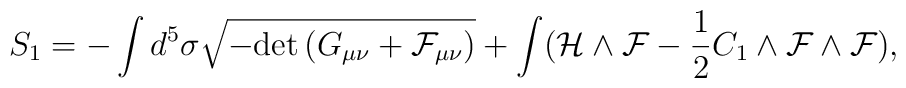
S_1= - \int d^5 \sigma \sqrt{-{\rm det}\, (G_{\mu\nu}+\cal F_{\mu\nu})}+\int ({\cal H}\wedge {\cal F} - \frac{1}{2}C_1 \wedge {\cal F}\wedge {\cal F}),